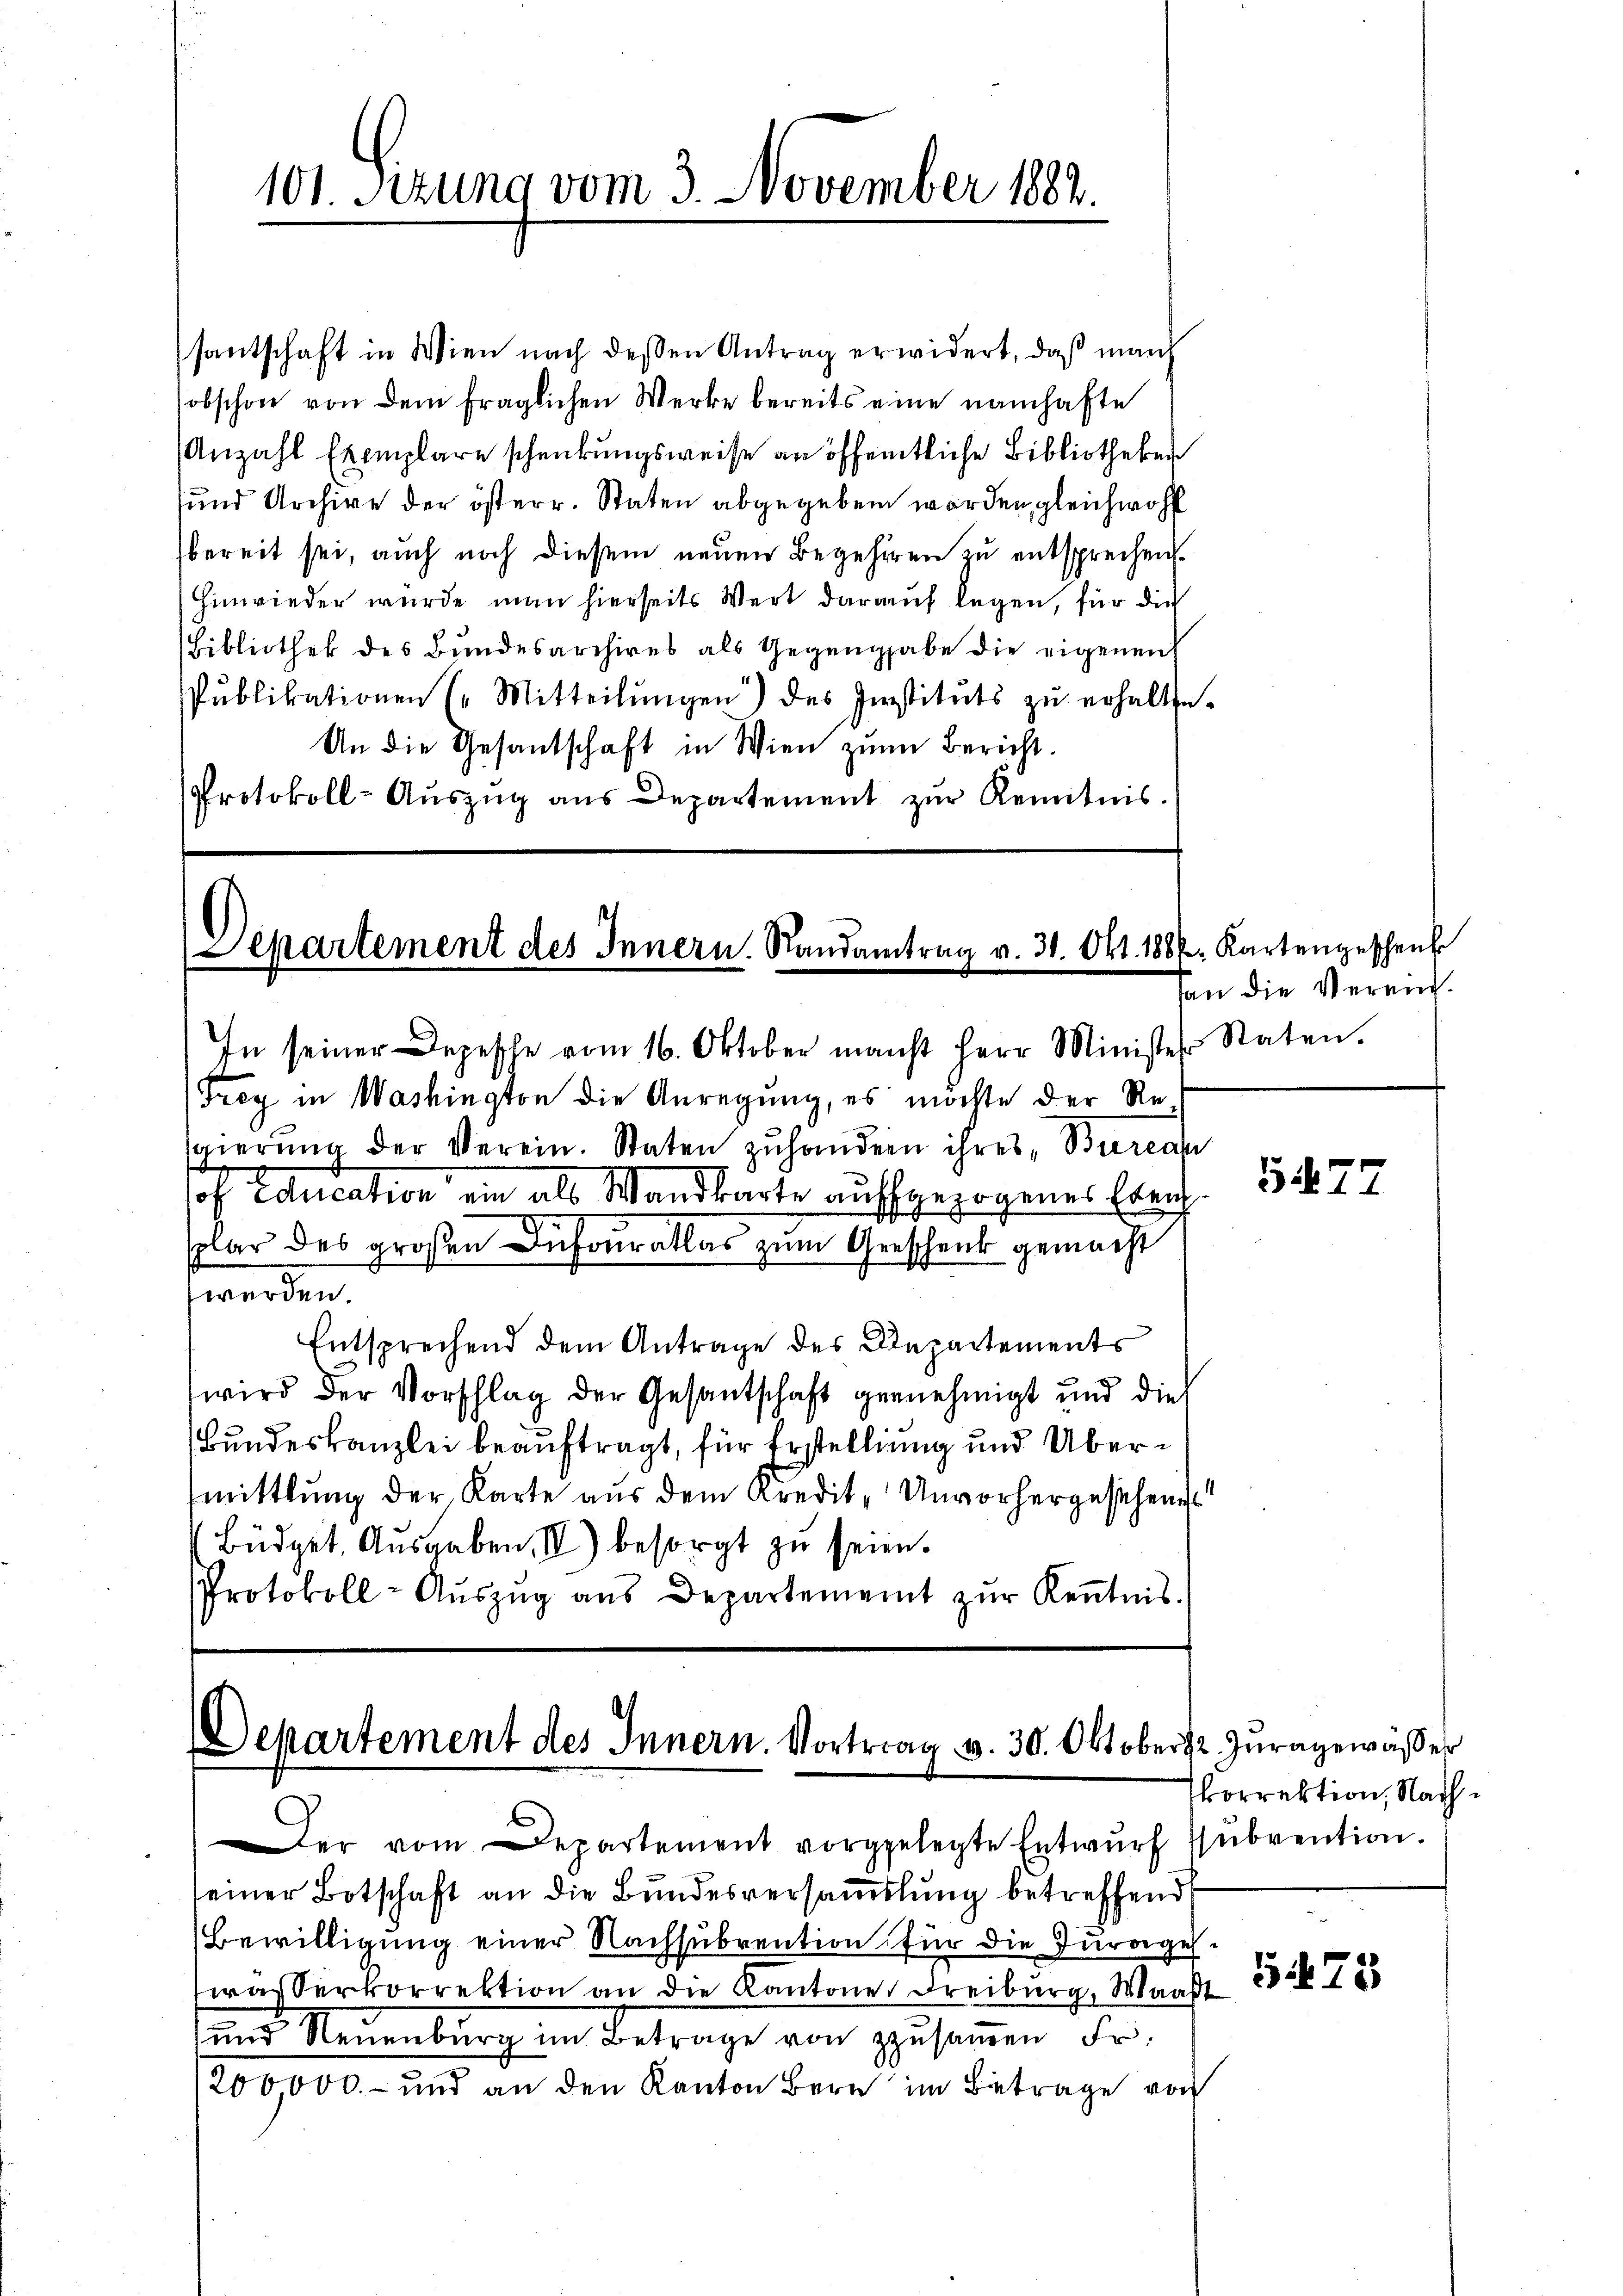
101. Sezung vom 3. November 1882.

santschaft in Wien nach dessen Antrag erwidert, daß manch
obschon von dem fraglichen Werke bereits eine namhafte
Anzahl Exemplare schenkungsweise an öffentliche Bibliotheker
sund Archive der österr. Staten abgegeben worden, gleichwohl
bereit sei, auch noch diesem neuen Begehren zu entsprechen.
Hinwieder wurde man hierseits Wert darauf legen, für die
Bibliothek des Bundesarchives als Gegengabe die eigenen
Pŭblikationen E. Mitteilŭngen) des Instituts zŭ erhalte.
An die Gesantschaft in Wien zum Bericht.
Protokoll-Auszug aus Departement zur Kenntnis.

Separtement des Innern Randantrag v. 31. Okt. 1886. Kartengeschenk

In seiner Depesche vom 16. Oktober macht Herr Minister Staten.
Trey in Washington die Anregung, es möchte der Replar des großen Dufouratlos zum Geschenk gemacht
werden.
Entsprechend dem Antrage des Departements
wird der Vorschlag der Gesantschaft gernehmigt und die
Bundeskanzlei beauftragt, für Erstellung und Übermittlung der Karte aŭs dem Kredit- Unvorhergesehens
Büdget, Ausgaben, II) besorgt zu seien.
Protokoll- Aŭszŭg aŭs Departement zŭr Keṅtnis.

Departement des Innern. Vortrag v. 30. Oktober Juragewässer

gierung der Verein. Staten zuhandern ihres Burea
of Education ein als Wandkarte auffgezogenes Errich

Der vom Departement vorgelegte Entwurf ssubvention.

seiner Botschaft an die Bundesversammlung betreffend
Bewilligung einer Nachsubvention für die Jurages.
was Serkorrektion an die Kantone Freiburg, Waadt
und Neuenburg im Betrage von zusammen Fr.
200,000.- und an den Kanton Bern im Betrage von

an die Verein.

547.

korrektion, Nach¬

575